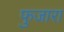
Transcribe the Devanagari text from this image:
फुजारा